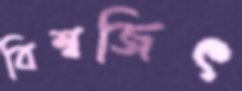
বিশ্বজিৎ